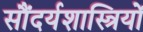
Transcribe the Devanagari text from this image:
सौंदर्यशास्त्रियों